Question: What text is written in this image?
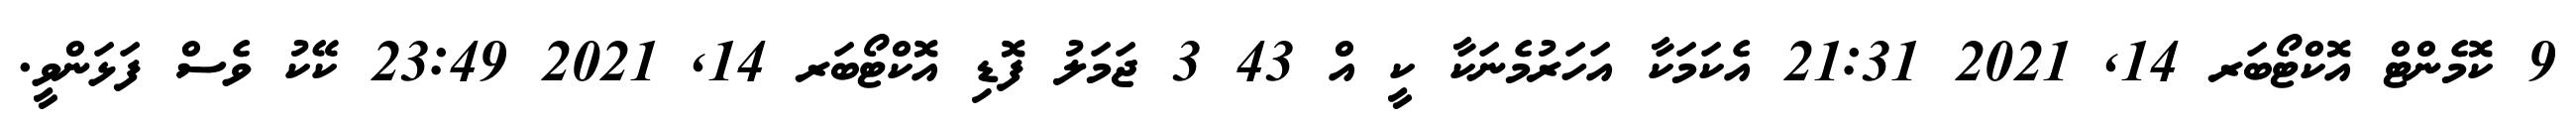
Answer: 9 ކޮމެންޓް އޮކްޓޯބަރ 14, 2021 21:31 އެކަމަކާ އަހަރުމެނަކާ ކީ އް 43 3 ޖަމަލު ފޮޑި އޮކްޓޯބަރ 14, 2021 23:49 ކޭކު ވެސް ފަޅަންވީ.